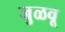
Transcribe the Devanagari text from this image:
जुळवू